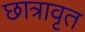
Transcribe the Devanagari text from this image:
छात्रावृत